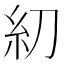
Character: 糿